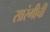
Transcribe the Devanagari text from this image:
सारंगीची